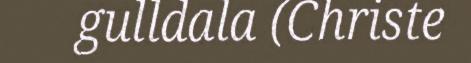
gulldala (Christe